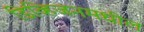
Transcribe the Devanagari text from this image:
डिव्हिजनमधील